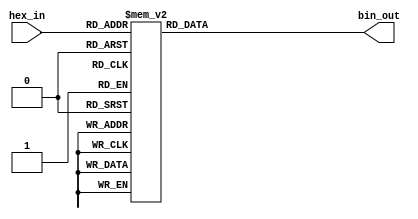
module hex_to_bin_encoder (
    input  wire [3:0] hex_in,  // 4-bit input for hexadecimal digit
    output reg  [3:0] bin_out   // 4-bit output for binary equivalent
);

// Combinational logic to convert hex_in to bin_out
always @(*) begin
    case (hex_in)
        4'b0000: bin_out = 4'b0000; // 0
        4'b0001: bin_out = 4'b0001; // 1
        4'b0010: bin_out = 4'b0010; // 2
        4'b0011: bin_out = 4'b0011; // 3
        4'b0100: bin_out = 4'b0100; // 4
        4'b0101: bin_out = 4'b0101; // 5
        4'b0110: bin_out = 4'b0110; // 6
        4'b0111: bin_out = 4'b0111; // 7
        4'b1000: bin_out = 4'b1000; // 8
        4'b1001: bin_out = 4'b1001; // 9
        4'b1010: bin_out = 4'b1010; // A
        4'b1011: bin_out = 4'b1011; // B
        4'b1100: bin_out = 4'b1100; // C
        4'b1101: bin_out = 4'b1101; // D
        4'b1110: bin_out = 4'b1110; // E
        4'b1111: bin_out = 4'b1111; // F
        default: bin_out = 4'b0000; // Default case (not necessary if input is guaranteed valid)
    endcase
end

endmodule